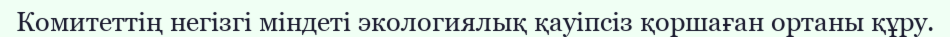
Комитеттің негізгі міндеті экологиялық қауіпсіз қоршаған ортаны құру.